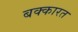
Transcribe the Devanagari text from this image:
बक्कारत